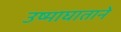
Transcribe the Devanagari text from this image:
उष्माघाताने